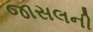
જાસલની